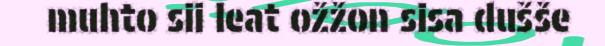
muhto sii leat ožžon sisa dušše